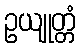
ဥယျုတ္တံ